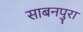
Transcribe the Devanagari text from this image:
साबनपुरा